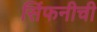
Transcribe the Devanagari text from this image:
सिंफनीची